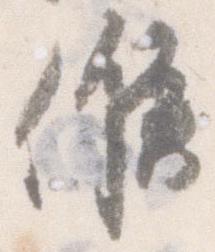
候